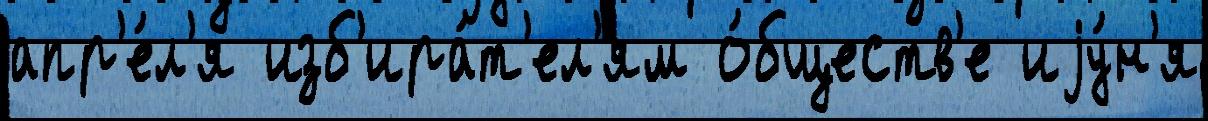
апр'е́л'я изб'ира́т'ел'ям о́бществ'е иjу́н'я